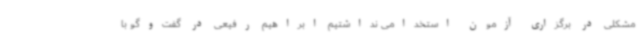
مشکلی در برگزاری آزمون استخدامی نداشتیم ابراهیم رفیعی در گفت‌وگو با